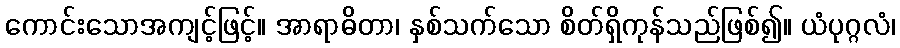
ကောင်းသောအကျင့်ဖြင့်။ အာရာဓိတာ၊ နှစ်သက်သော စိတ်ရှိကုန်သည်ဖြစ်၍။ ယံပုဂ္ဂလံ၊